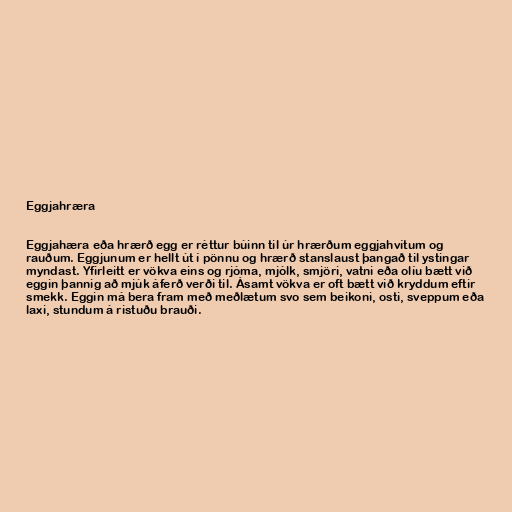
Eggjahræra

Eggjahæra eða hrærð egg er réttur búinn til úr hrærðum eggjahvítum og
rauðum. Eggjunum er hellt út í pönnu og hrærð stanslaust þangað til ystingar
myndast. Yfirleitt er vökva eins og rjóma, mjólk, smjöri, vatni eða olíu bætt við
eggin þannig að mjúk áferð verði til. Ásamt vökva er oft bætt við kryddum eftir
smekk. Eggin má bera fram með meðlætum svo sem beikoni, osti, sveppum eða
laxi, stundum á ristuðu brauði.